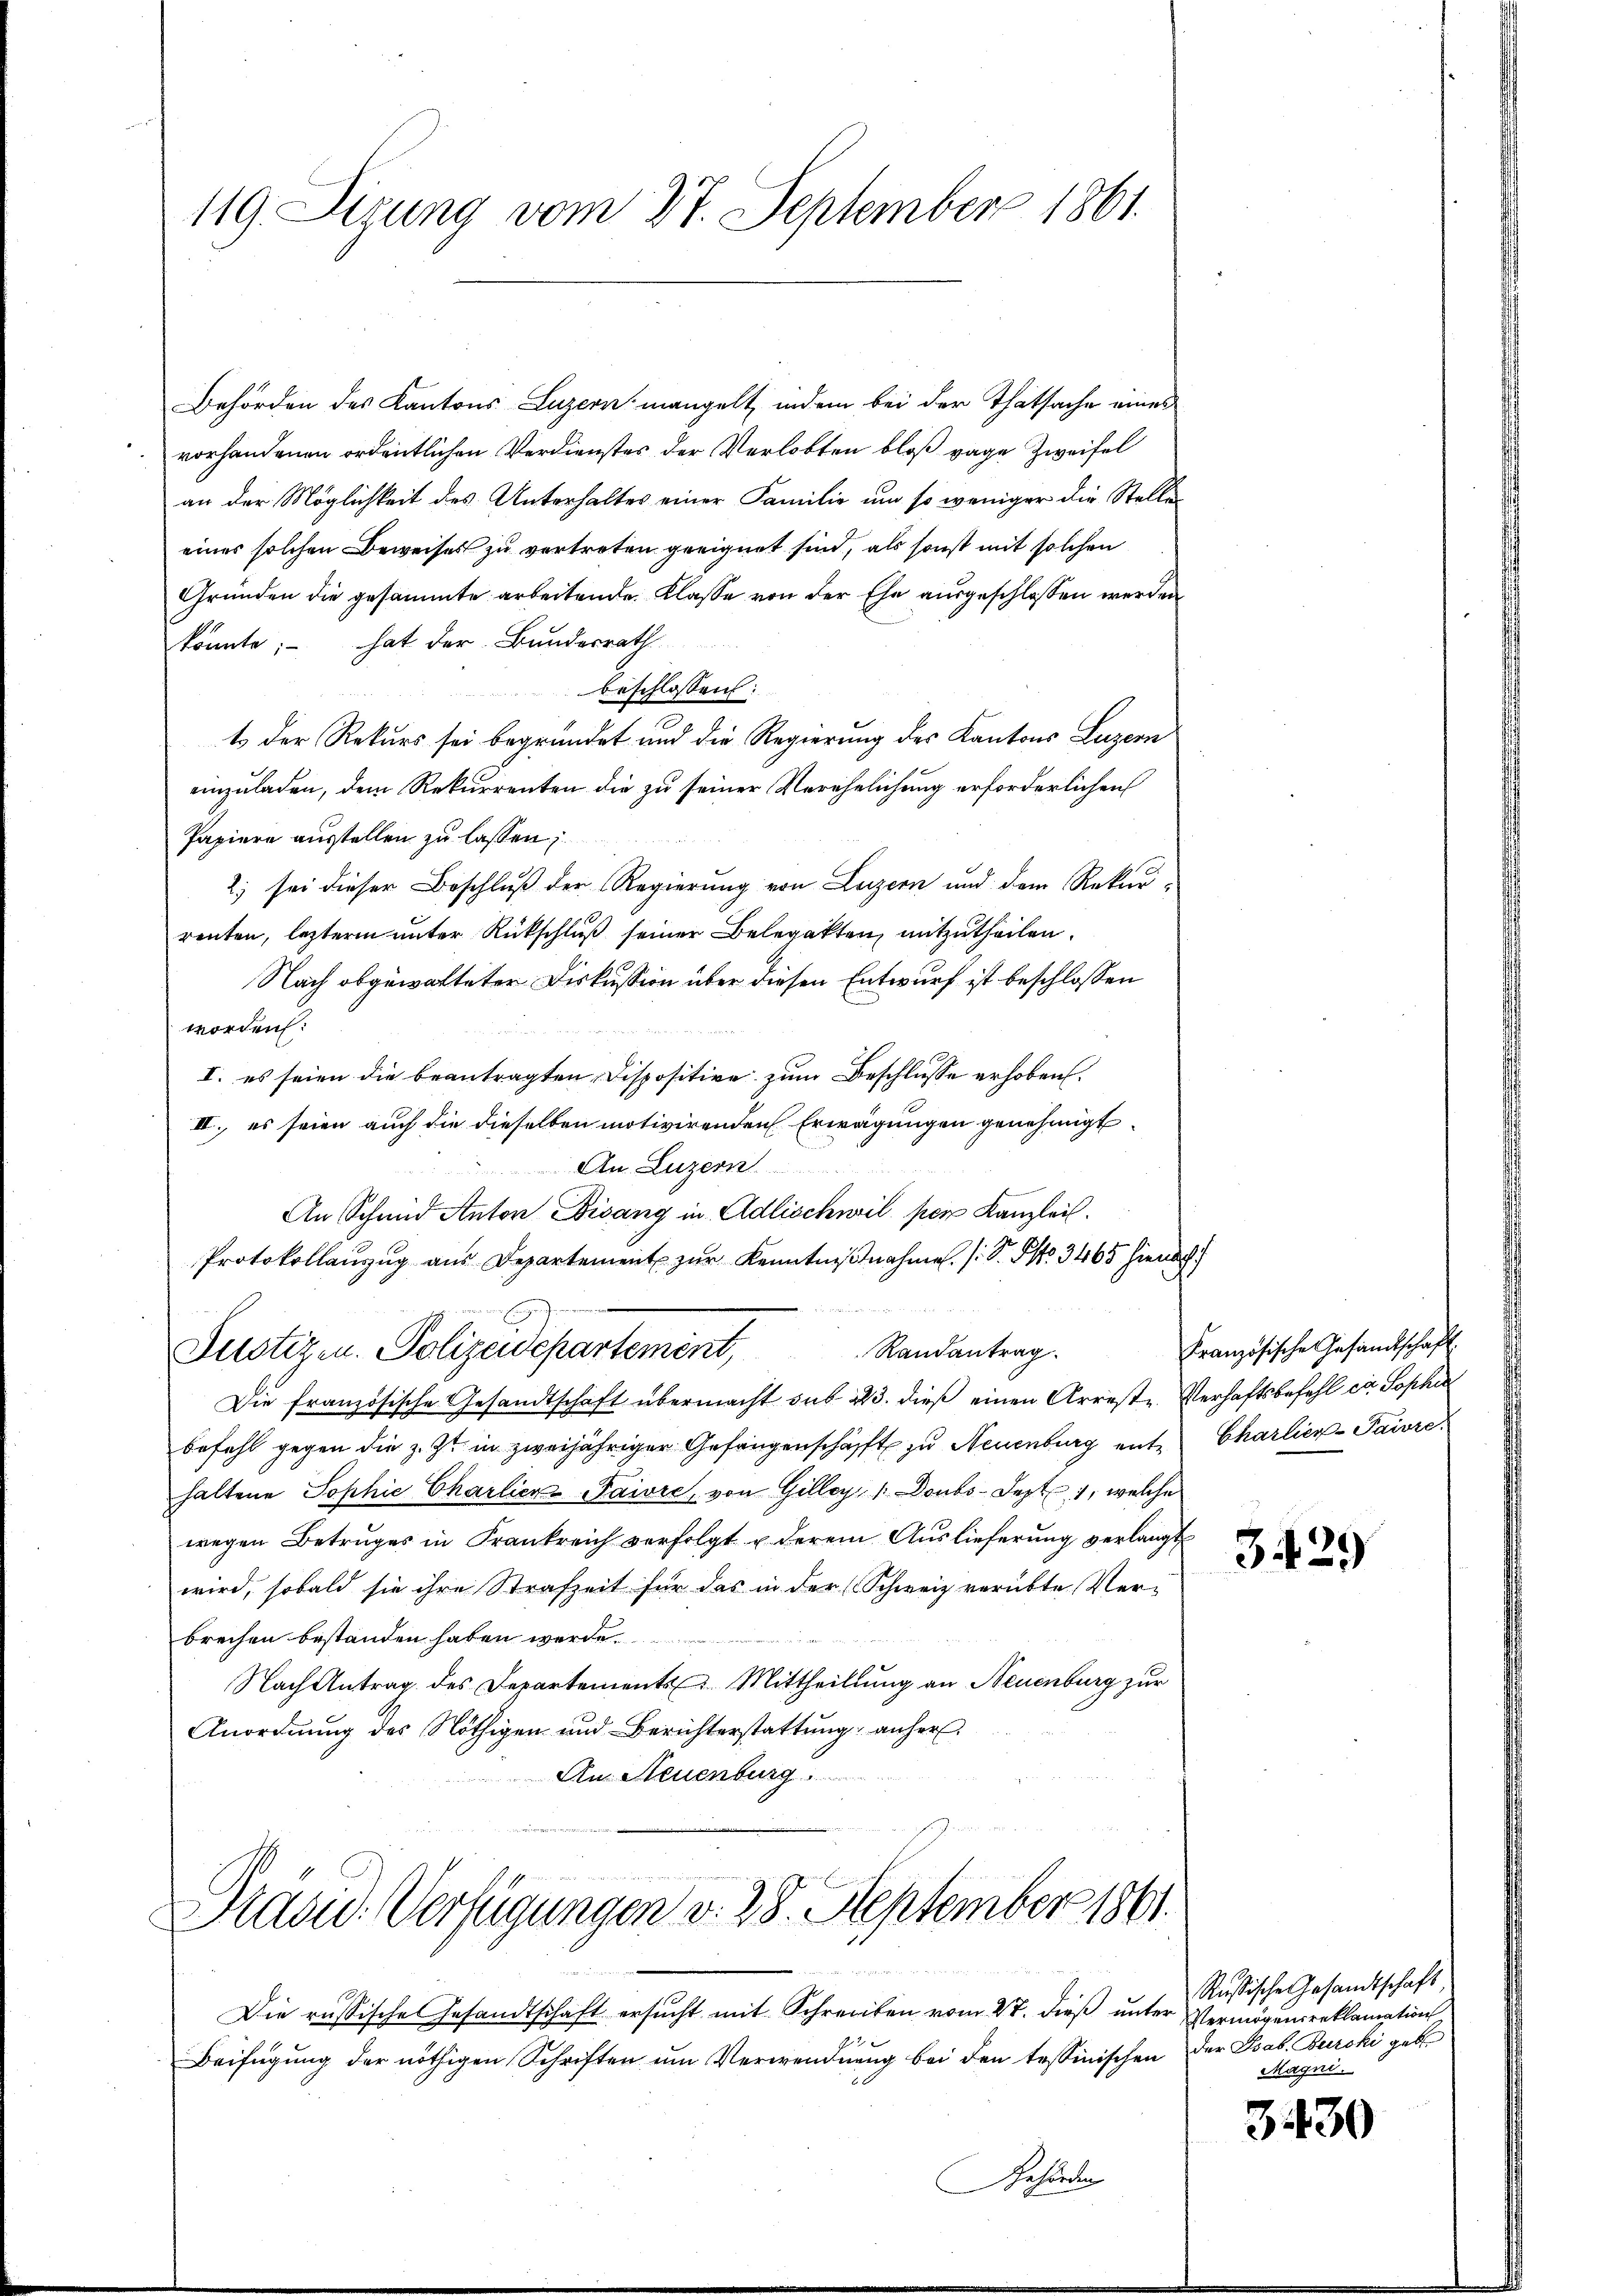
Behörden des Kantons Luzern mangelt, indem bei der Thatsache eines
vorhandenen ordentlichen Verdienstes der Verlobten bloß vage Zweifel
an der Möglichkeit des Unterhaltes einer Familie um so weniger die Stelle
eines solchen Beweises zu vertreten geeignet sind, als sonst mit solchen
Gründen die gesammte arbeitende Klasse von der Ehe ausgeschlossen werden
könnte; – hat der Bundesrath
beschlossen:
t der Rekurs sei begründet und die Regierung des Kantons Luzern
einzuladen, dem Rekurrenten die zu seiner Verehelichung erforderlichen
Papiere ausstellen zu lassen;
2) sei dieser Beschluß der Regierung von Luzern und dem Rekurrenten, letzteren unter Rückschluß seiner Belegatten, mitzutheilen.
Nach obgewalteter Diskussion über diesen Entwurf ist beschlossen
worden:
I. es seien die beantragten Dispositive zum Beschlusse erhoben.
II., es seien auch die dieselben motivirenden Erwägungen genehmigt.
An Luzern
An Schmid Anton Bisang in Adlischwil per Kanzlei.
Protokollanzŭg aŭs Departement zŭr Kenntniβnahme. (S. Otto. 3465 hienach
Randantrag.
Justizen. Polizeidepartement,
Die französische Gesandtschaft übermacht sub 23. dieß einen Arreste Verhaftsbefehl et Sophie
befehl gegen die z. Zt. in zweijähriger Gefangenschafft zu Neuenburg ents Charlier-Paivre
haltene Sophie Charlier Paivre, von Gilley, 1 Doubs-Jept 1, welche
wegen Betruges in Frankreich verfolgt u derem Auslieferung verlangt
wird, sobald sie ihre Strafzeit für das in der (Schweiz verübte Verbrechen bestanden haben werde.
Nach Antrag des Departements Mittheillung an Neuenburg zur
Anordnung des Nöthigen und Berichterstattung anher
An Neuenburg.

119. Sitzung vom 27. September 1861.

.

Präsid.. Verfügungen d. 28. September 1861.

)

Die russische Gesandtschaft ersucht mit Schreiben vom 27. dieß unter Vermögensreklamation
Beifügung der nöthigen Schriften um Verwendnung bei den tessinischen der Psab. Burcki gebe
Gehörden

Französische Gesandtschaft

3429

Russische Gesandtschaft
Magni

3430